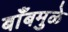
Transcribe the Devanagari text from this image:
बाँबमुळे